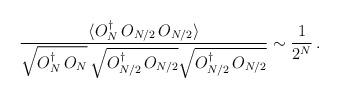
LaTeX: \begin{align*}{\langle O_{N}^{\dagger} \, O_{N/2} \, O_{N/2} \rangle\over\sqrt{O_{N}^{\dagger} \, O_{N}}\,\sqrt{O_{N/2}^{\dagger}\, O_{N/2}}\sqrt{O_{N/2}^{\dagger}\, O_{N/2}}} \sim{1 \over 2^{N}} \, .\end{align*}